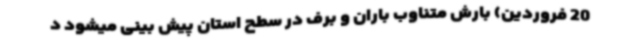
20 فروردین) بارش متناوب باران و برف در سطح استان پیش بینی میشود د